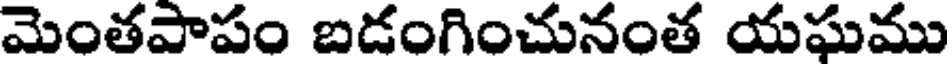
మెంతపాపం బడంగించునంత యఘము